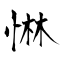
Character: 惏